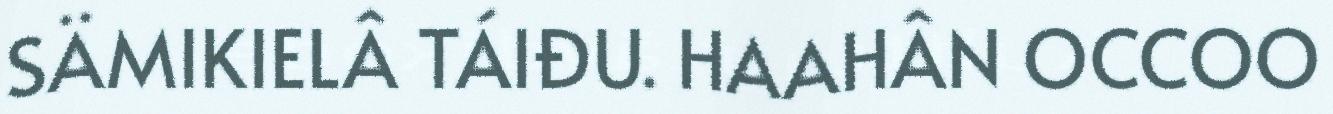
SÄMIKIELÂ TÁIĐU. HAAHÂN OCCOO